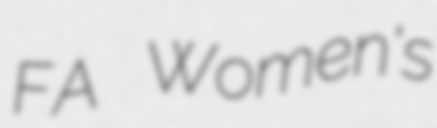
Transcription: FA Women's